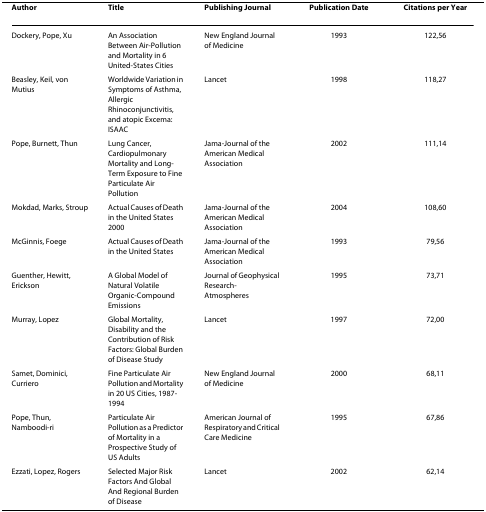
<table><thead><tr><td><b>Author</b></td><td><b>Title</b></td><td><b>Publishing Journal</b></td><td><b>Publication Date</b></td><td><b>Citations per Year</b></td></tr></thead><tbody><tr><td>Dockery, Pope, Xu</td><td>An Association Between Air-Pollution and Mortality in 6 United-States Cities</td><td>New England Journal of Medicine</td><td>1993</td><td>122,56</td></tr><tr><td>Beasley, Keil, von Mutius</td><td>Worldwide Variation in Symptoms of Asthma, Allergic Rhinoconjunctivitis, and atopic Excema: ISAAC</td><td>Lancet</td><td>1998</td><td>118,27</td></tr><tr><td>Pope, Burnett, Thun</td><td>Lung Cancer, Cardiopulmonary Mortality and Long-Term Exposure to Fine Particulate Air Pollution</td><td>Jama-Journal of the American Medical Association</td><td>2002</td><td>111,14</td></tr><tr><td>Mokdad, Marks, Stroup</td><td>Actual Causes of Death in the United States 2000</td><td>Jama-Journal of the American Medical Association</td><td>2004</td><td>108,60</td></tr><tr><td>McGinnis, Foege</td><td>Actual Causes of Death in the United States</td><td>Jama-Journal of the American Medical Association</td><td>1993</td><td>79,56</td></tr><tr><td>Guenther, Hewitt, Erickson</td><td>A Global Model of Natural Volatile Organic-Compound Emissions</td><td>Journal of Geophysical Research-Atmospheres</td><td>1995</td><td>73,71</td></tr><tr><td>Murray, Lopez</td><td>Global Mortality, Disability and the Contribution of Risk Factors: Global Burden of Disease Study</td><td>Lancet</td><td>1997</td><td>72,00</td></tr><tr><td>Samet, Dominici, Curriero</td><td>Fine Particulate Air Pollution and Mortality in 20 US Cities, 1987-1994</td><td>New England Journal of Medicine</td><td>2000</td><td>68,11</td></tr><tr><td>Pope, Thun, Namboodi-ri</td><td>Particulate Air Pollution as a Predictor of Mortality in a Prospective Study of US Adults</td><td>American Journal of Respiratory and Critical Care Medicine</td><td>1995</td><td>67,86</td></tr><tr><td>Ezzati, Lopez, Rogers</td><td>Selected Major Risk Factors And Global And Regional Burden of Disease</td><td>Lancet</td><td>2002</td><td>62,14</td></tr></tbody></table>